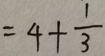
= 4 + \frac { 1 } { 3 }